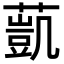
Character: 𦻻